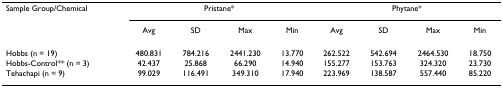
<table><thead><tr><td><b>Sample Group/Chemical</b></td><td colspan="4"><b>Pristane*</b></td><td colspan="4"><b>Phytane*</b></td></tr><tr><td></td><td><b>Avg</b></td><td><b>SD</b></td><td><b>Max</b></td><td><b>Min</b></td><td><b>Avg</b></td><td><b>SD</b></td><td><b>Max</b></td><td><b>Min</b></td></tr></thead><tbody><tr><td>Hobbs (n = 19)</td><td>480.831</td><td>784.216</td><td>2441.230</td><td>13.770</td><td>262.522</td><td>542.694</td><td>2464.530</td><td>18.750</td></tr><tr><td>Hobbs-Control** (n = 3)</td><td>42.437</td><td>25.868</td><td>66.290</td><td>14.940</td><td>155.277</td><td>153.763</td><td>324.320</td><td>23.730</td></tr><tr><td>Tehachapi (n = 9)</td><td>99.029</td><td>116.491</td><td>349.310</td><td>17.940</td><td>223.969</td><td>138.587</td><td>557.440</td><td>85.220</td></tr></tbody></table>